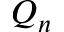
Q _ { n }